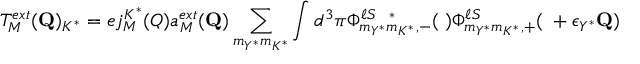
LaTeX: T _ { M } ^ { e x t } ( { \bf Q } ) _ { K ^ { * } } = e j _ { M } ^ { K ^ { * } } ( Q ) a _ { M } ^ { e x t } ( { \bf Q } ) \sum _ { m _ { Y ^ { * } } m _ { K ^ { * } } } \int d ^ { 3 } \pi \Phi _ { m _ { Y ^ { * } } m _ { K ^ { * } } , - } ^ { \ell S ~ ~ * } ( { \bf \pi } ) \Phi _ { m _ { Y ^ { * } } m _ { K ^ { * } } , + } ^ { \ell S } ( { \bf \pi } + \epsilon _ { Y ^ { * } } { \bf Q } )